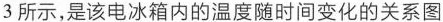
3所示，是该电冰箱内的温度随时间变化的关系图